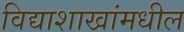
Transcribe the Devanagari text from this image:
विद्याशाखांमधील